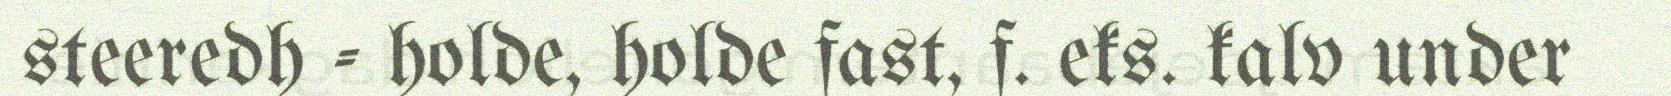
steeredh - holde, holde fast, f. eks. kalv under